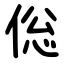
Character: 倊